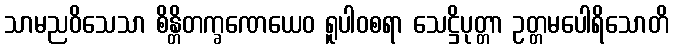
သာမညဝိသေသာ စိန္တိတက္ခဏေယေဝ ရူပါဝစရာ သေဋ္ဌိပုတ္တာ ဥတ္တမပေါရိသောတိ